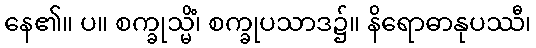
နေ၏။ ပ။ စက္ခုသ္မိံ၊ စက္ခုပသာဒ၌။ နိရောဓာနုပဿီ၊